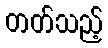
တတ်သည့်